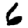
Digit: 6